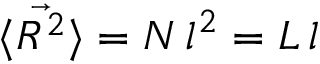
\langle { \vec { R ^ { 2 } } } \rangle = N \, l ^ { 2 } = L \, l